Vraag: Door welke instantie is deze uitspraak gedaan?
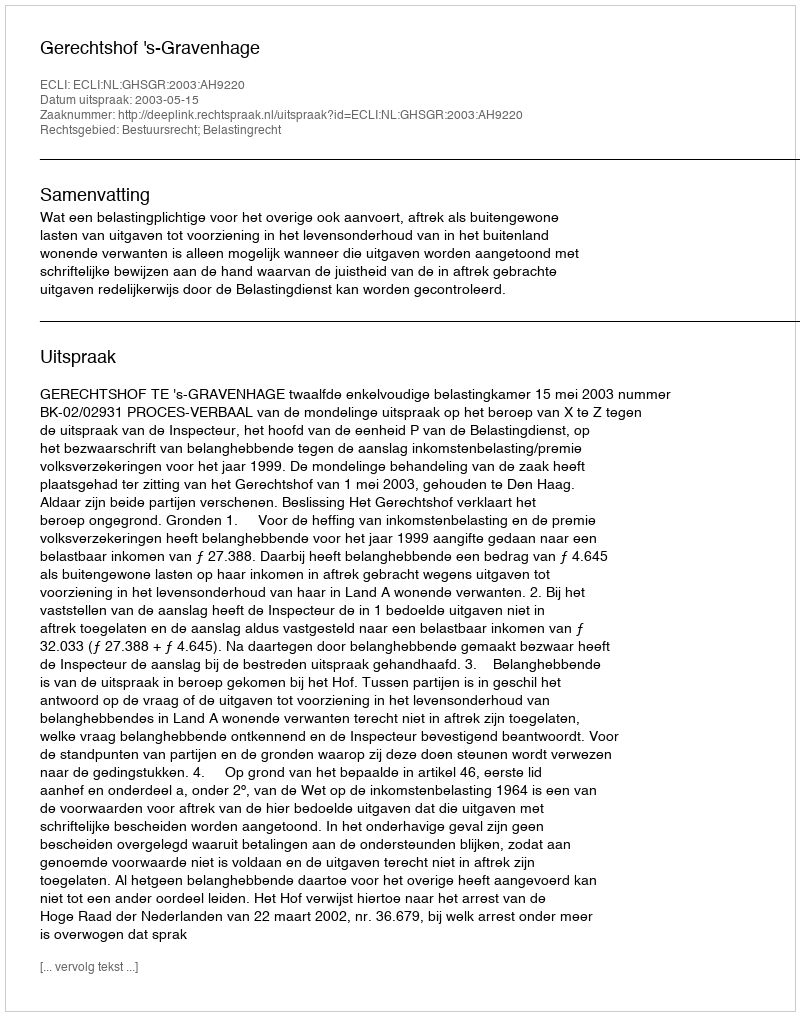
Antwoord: Gerechtshof 's-Gravenhage